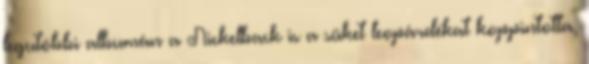
legutóbbi albumán a Nickelback is a süket leopárdékat koppintotta,